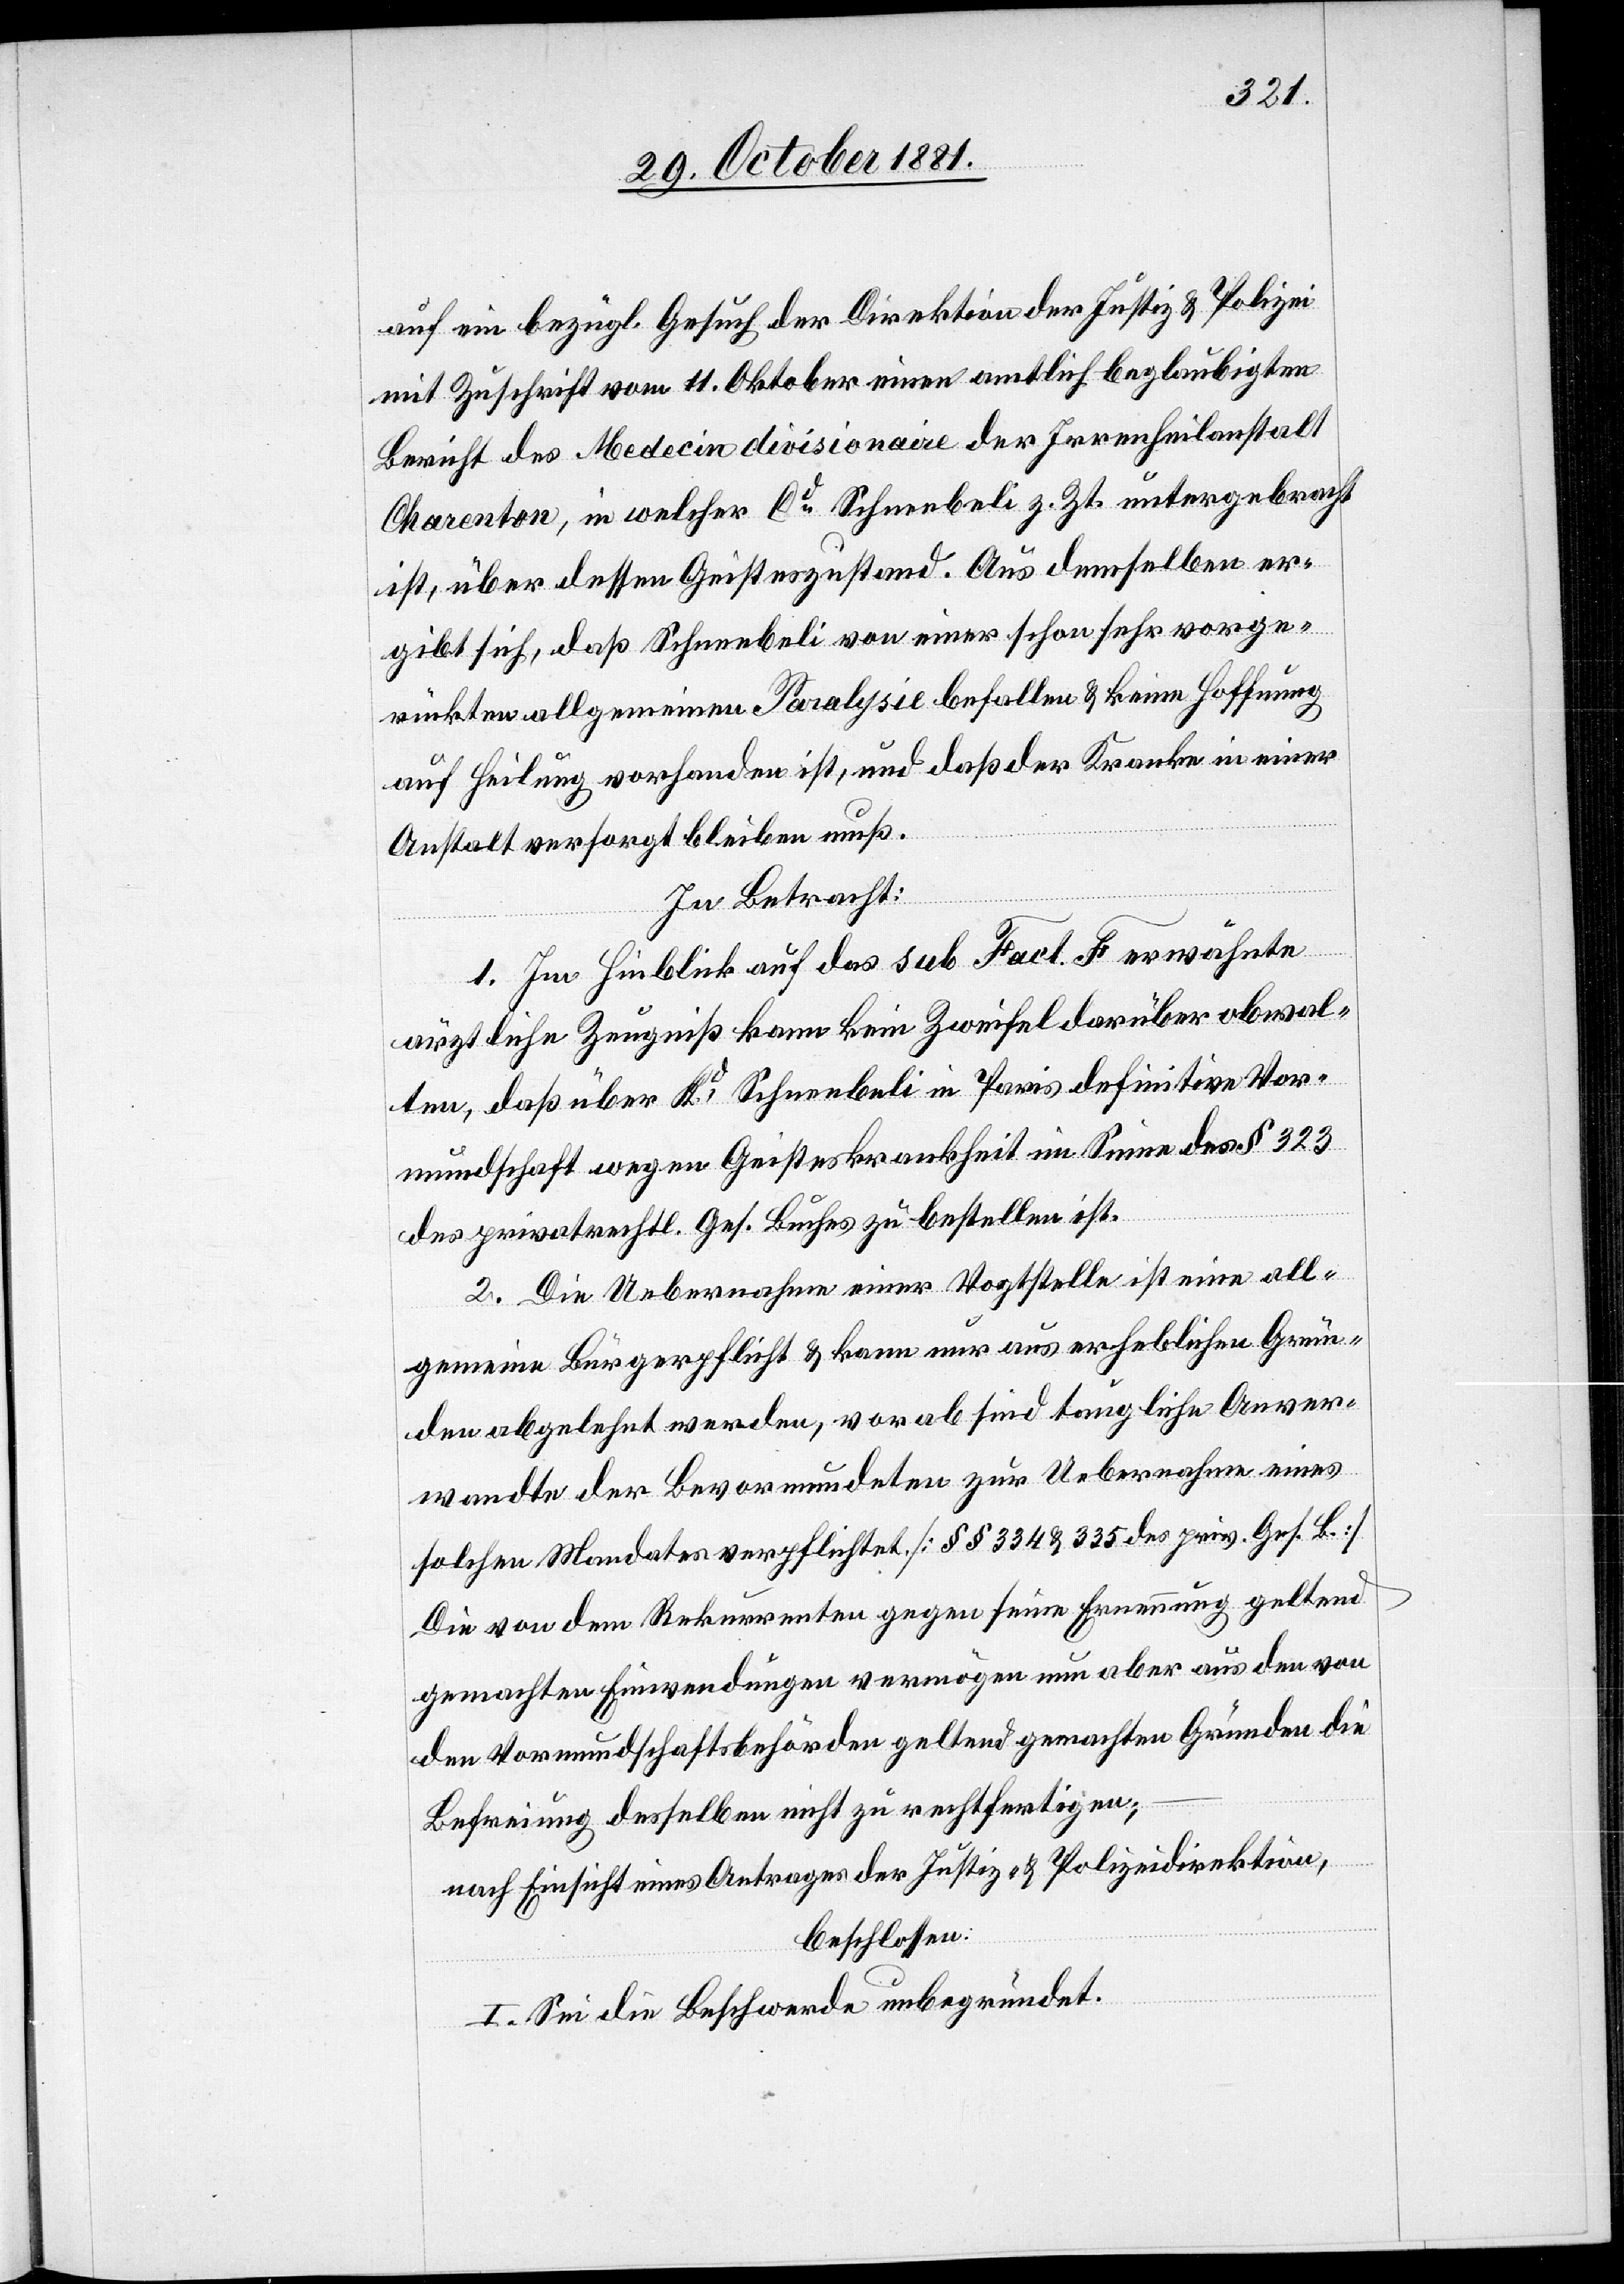
auf ein bezügl. Gesuch der Direktion der Justiz & Polizei
mit Zuschrift vom 11. Oktober einen amtlich beglaubigten
Bericht des Medecin divisionaire der Irrenheilanstalt
Charenton, in welcher Cd Schneebeli z. Zt. untergebracht
ist, über dessen Geisteszustand. Aus demselben er¬
gibt sich, daß Schneebeli von einer schon sehr vorge¬
rückten allgemeinen Paralysie befallen & keine Hoffnung
auf Heilung vorhanden ist, und daß der Kranke in einer
Anstalt versorgt bleiben muß.
In Betracht:
1. Im Hinblick auf das sub Fact. F erwähnte
ärztliche Zeugniß kann kein Zweifel darüber obwal¬
ten, daß über Kd Schneebeli in Paris definitive Vor¬
mundschaft wegen Geisteskrankheit im Sinne des § 323
des privatrechtl. Ges. Buches zu bestellen ist.
2. Die Uebernahme einer Vogtstelle ist eine all¬
gemeine Bürgerpflicht & kann nur aus erheblichen Grün¬
den abgelehnt werden, vorab sind taugliche Anver¬
wandte der Bevormundeten zur Uebernahme eines
solchen Mandates verpflichtet. [§§ 334 & 335 des priv. Ges. B.]
Die von dem Rekurrenten gegen seine Ernennung geltend
gemachten Einwendungen vermögen nun aber aus den von
den Vormundschaftsbehörden geltend gemachten Gründen die
Befreiung desselben nicht zu rechtfertigen;
nach Einsicht eines Antrages der Justiz- & Polizeidirektion,
beschlossen:
I. Sei die Beschwerde unbegründet.